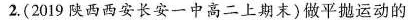
2.(2019陕西西安长安一中高二上期末)做平抛运动的